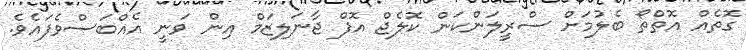
ގޮތެއް އޮތްތޯ ބެލުމަށް ސްރީލަންކަން ކޮލެޖް އޮފް ޖާނަލިޒަމް އިން ވަނީ އެއްބަސްވެފައެވެ.